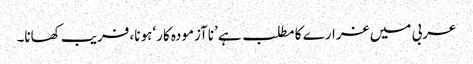
عربی میں غرارے کا مطلب ہے ’ناآزمودہ کار‘ ہونا، فریب کھانا۔